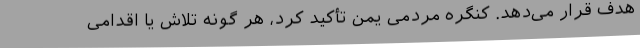
هدف قرار می‌دهد. کنگره مردمی یمن تأکید کرد، هر گونه تلاش یا اقدامی